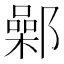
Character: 鄵